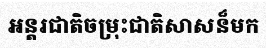
អន្តរជាតិចម្រុះជាតិសាសន៏មក